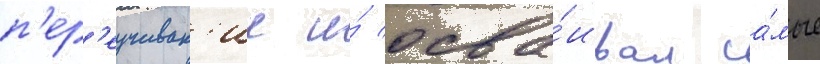
п'ер'еучиван'ие и́ осва́ивал са́мые